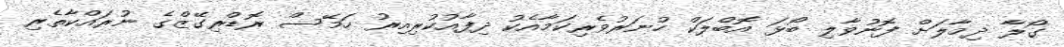
ގޯލާ ދިމާލަށް ފޮނުވާލި ބޯޅަ އޮބްލަކް ހުނަރުވެރިކަމާއެކު ދިފާއުކުރިއިރު ހަމޭސް ރޮޑްރިގޭޒްގެ ނުރައްކާތެރި